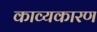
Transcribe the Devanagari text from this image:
काव्यकारण